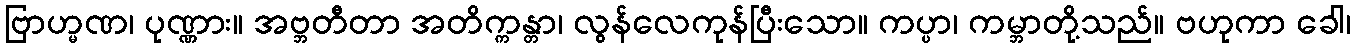
ဗြာဟ္မဏ၊ ပုဏ္ဏား။ အဗ္ဘတီတာ အတိက္ကန္တာ၊ လွန်လေကုန်ပြီးသော။ ကပ္ပာ၊ ကမ္ဘာတို့သည်။ ဗဟုကာ ခေါ၊